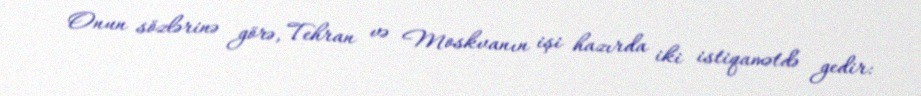
Onun sözlərinə görə, Tehran və Moskvanın işi hazırda iki istiqamətdə gedir: